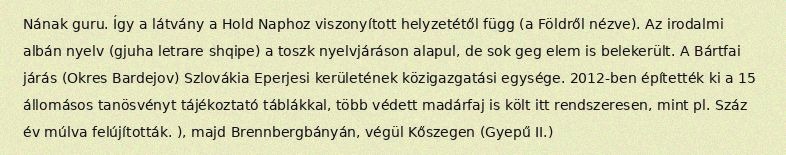
Nának guru. Így a látvány a Hold Naphoz viszonyított helyzetétől függ (a Földről nézve). Az irodalmi albán nyelv (gjuha letrare shqipe) a toszk nyelvjáráson alapul, de sok geg elem is belekerült. A Bártfai járás (Okres Bardejov) Szlovákia Eperjesi kerületének közigazgatási egysége. 2012-ben építették ki a 15 állomásos tanösvényt tájékoztató táblákkal, több védett madárfaj is költ itt rendszeresen, mint pl. Száz év múlva felújították. ), majd Brennbergbányán, végül Kőszegen (Gyepű II.)